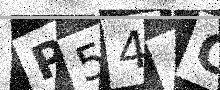
Text: P54ACA